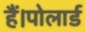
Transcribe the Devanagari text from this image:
हैं।पोलार्ड